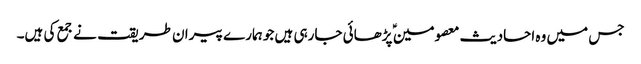
جس میں وہ احادیث معصومین ؑ پڑھائی جارہی ہیں جو ہمارے پیران طریقت نے جمع کی ہیں۔